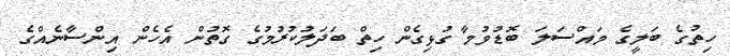
ހިތުގެ ބަލީގެ މައްސަލަ ބޮޑުވުމާ ގުޅިގެން ހިތް ބަދަލުކުރުމުގެ ގޮތުން އެހެން އިންސާނެއްގެ